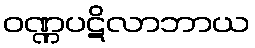
ဝဏ္ဏပဋိလာဘာယ